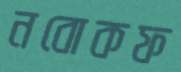
নবোকফ